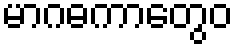
မာဂဓကာတွေဝ